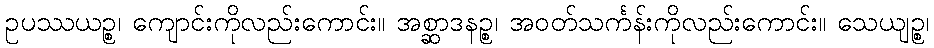
ဥပဿယဉ္စ၊ ကျောင်းကိုလည်းကောင်း။ အစ္ဆာဒနဉ္စ၊ အဝတ်သင်္ကန်းကိုလည်းကောင်း။ သေယျဉ္စ၊